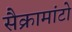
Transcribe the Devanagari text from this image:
सैक्रामांटो